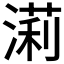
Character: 𣼵